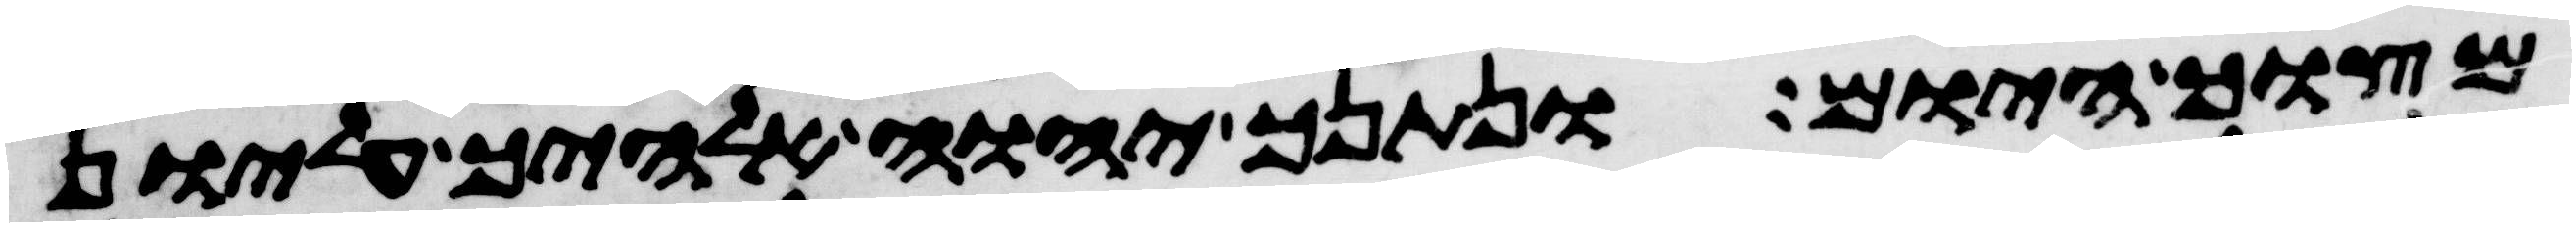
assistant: מצוך היום ונתנך יהוה אלהיך עליון